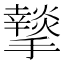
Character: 𭣆